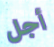
أجل